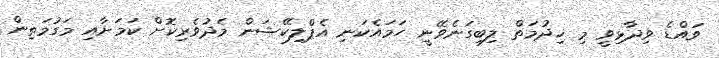
ވައްޑެ ވިދާޅިވީ މި ޚިދުމަތް ލިބިގަނެވޭނީ ހަަމައެކަނި އެޕްލިކޭޝަން މެދުވެރިކޮށް ކަމަށާއި މަގުމަތިން